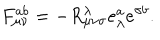
F _ { \mu \nu } ^ { a b } = - R _ { \mu \nu \sigma } ^ { \lambda } e _ { \lambda } ^ { a } e ^ { \sigma b } .